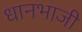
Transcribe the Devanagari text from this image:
धानभाजी